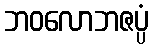
ဘဝလောဘဇပ္ပံ